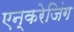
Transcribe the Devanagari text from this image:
एन्करेजिंग